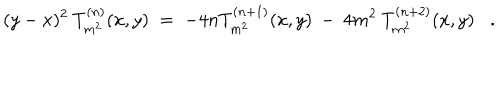
LaTeX: ( y - x ) ^ { 2 } \: T _ { m ^ { 2 } } ^ { ( n ) } ( x , y ) \; = \; - 4 n T _ { m ^ { 2 } } ^ { ( n + 1 ) } ( x , y ) \: - \: 4 m ^ { 2 } \: T _ { m ^ { 2 } } ^ { ( n + 2 ) } ( x , y ) .